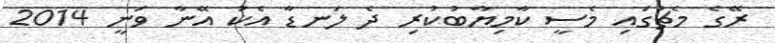
ރޭގެ މެޗުގައި މެސީ ކާމިޔާބުކުރި ދެ ލަނޑާ އެކު އޭނާ ވަނީ 2014